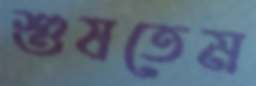
শুষতেম